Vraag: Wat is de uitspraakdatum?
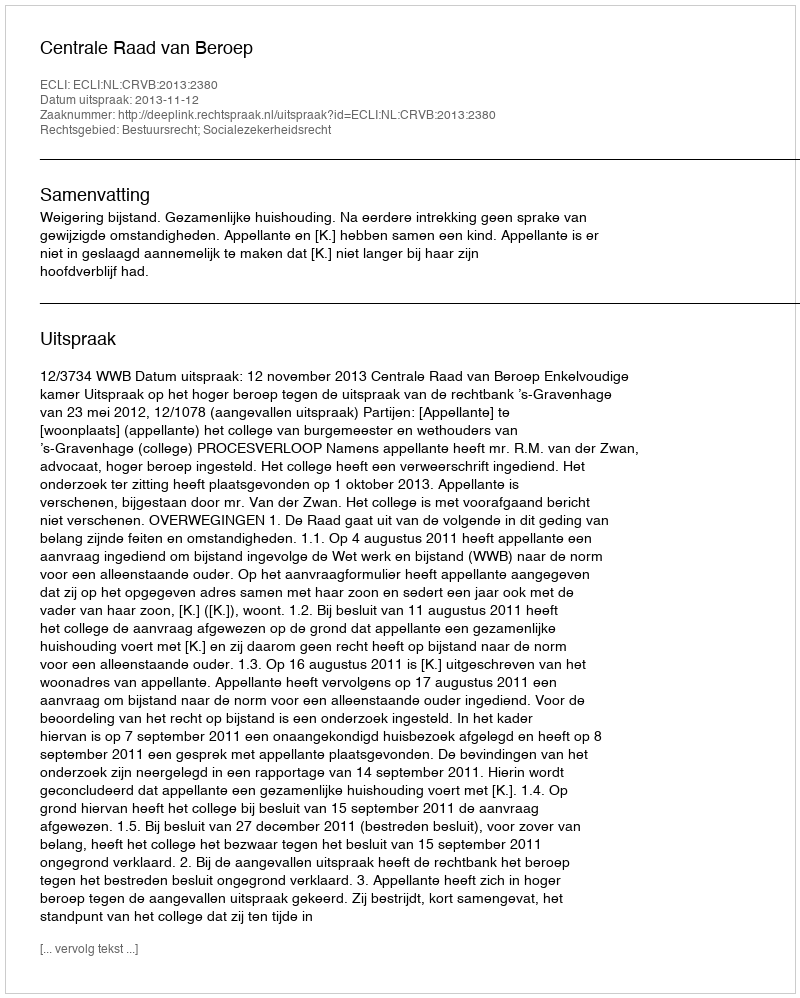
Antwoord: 2013-11-12